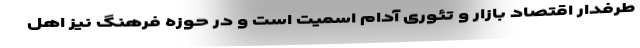
طرفدار اقتصاد بازار و تئوری آدام اسمیت است و در حوزه فرهنگ نیز اهل